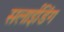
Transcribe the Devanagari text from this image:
सलाईडिंग